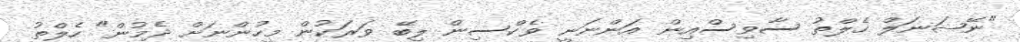
"ނޭޝަނަލް ހެލްތު ސާވިސްއިން އަންނަނީ ވެކްސިން ލިބޭ ވަރަކުން މީހުންނަށް ދެމުން" ހެލްތު